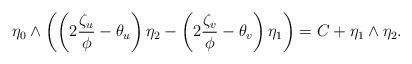
LaTeX: \begin{align*}\eta_0\wedge\left(\left(2\frac{\zeta_u}{\phi}-\theta_u\right)\eta_2-\left(2\frac{\zeta_v}{\phi}-\theta_v\right)\eta_1\right)=C+\eta_1\wedge\eta_2.\end{align*}